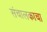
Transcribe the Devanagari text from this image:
संचालकाचा